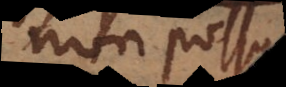
non poss